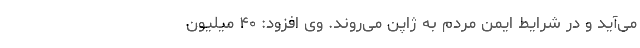
می‌آید و در شرایط ایمن مردم به ژاپن می‌روند. وی افزود: ۴۰ میلیون